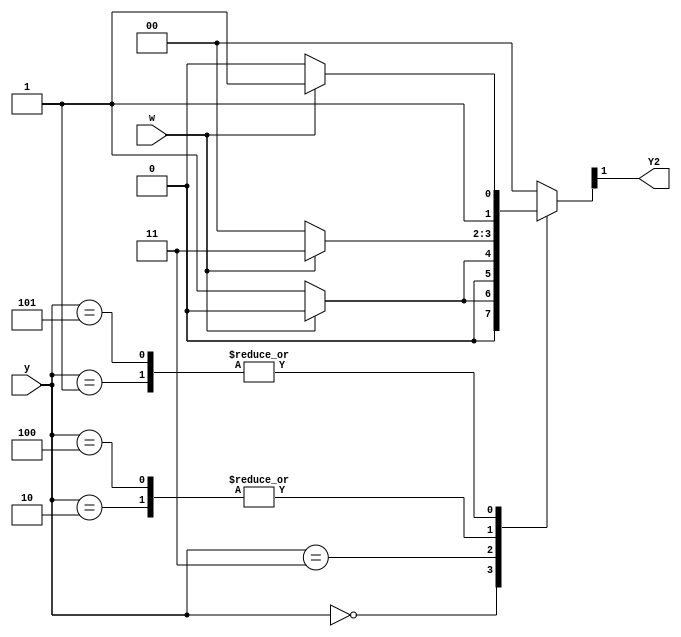
module top_module (
    input [3:1] y,
    input w,
    output Y2);

    parameter A=3'd0, B=3'd1, C=3'd2, D=3'd3, E=3'd4, F=3'd5;
    reg [3:1] state, next_state;

    // State transition logic (combinational)
	always @(*) begin
        case (y)
            A: next_state = w ? A:B;
            B: next_state = w ? D:C;
            C: next_state = w ? D:E;
            D: next_state = w ? A:F;
            E: next_state = w ? D:E;
            F: next_state = w ? D:C;
            default: next_state = A;
        endcase
    end
    
    /*
    // State flip-flops (sequential)
    always @(posedge clk) begin
        state <= (reset) ? A:next_state ;
    end
    */
    
    // Output logic
    assign Y2 = next_state[2];
    
endmodule